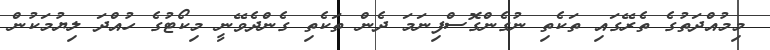
މިމުއްދަތުގެ ތެރޭގައި ތަކެތި ނުގެންގޮސްފިނަމަ ދެން ތަކެތި ގެންދެވޭނީ މިކޯޓުގެ ހުއްދަ ލިޔުމަކުން